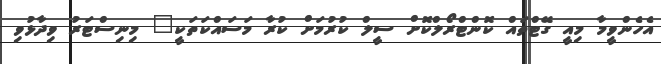
އެހެންވީމާ މިއީ ގޭޓްތައް ކޮންޓްރޯލްކޮށް ސީލް ކުރުމަށް ކުރާ މަސައްކަތަކީ" މިނިސްޓަރު ވިދާޅުވި